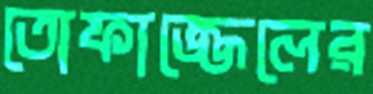
তোফাজ্জেলের